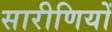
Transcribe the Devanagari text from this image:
सारीणियों